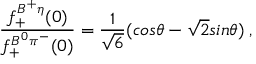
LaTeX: \frac { f _ { + } ^ { B ^ { + } \eta } ( 0 ) } { f _ { + } ^ { B ^ { 0 } \pi ^ { - } } ( 0 ) } = \frac { 1 } { { \sqrt 6 } } ( c o s \theta - { \sqrt 2 } s i n \theta ) \; ,